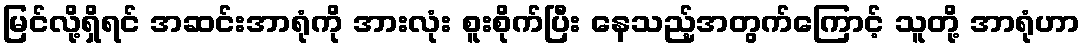
မြင်လို့ရှိရင် အဆင်းအာရုံကို အားလုံး စူးစိုက်ပြီး နေသည့်အတွက်ကြောင့် သူတို့ အာရုံဟာ